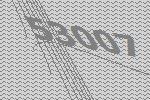
53007